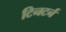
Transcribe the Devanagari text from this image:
टिनटर्न